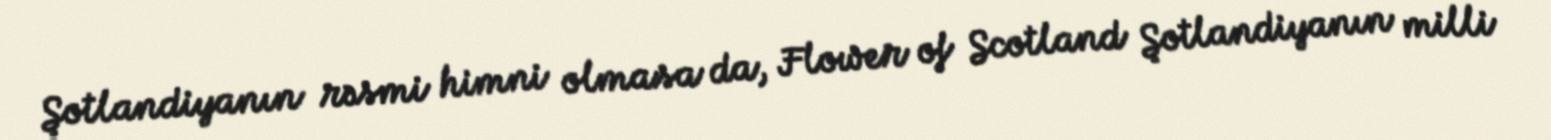
Şotlandiyanın rəsmi himni olmasa da, Flower of Scotland Şotlandiyanın milli